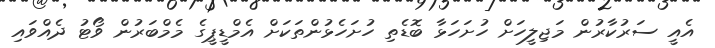
އެއީ ސަރުކާރުން މަޖިލީހަށް ހުށަހަޅާ ބޮޑެތި ހުށަހެޅުންތަކަށް އެމްޑީޕީގެ މެމްބަރުން ވޯޓު ދެއްވައި